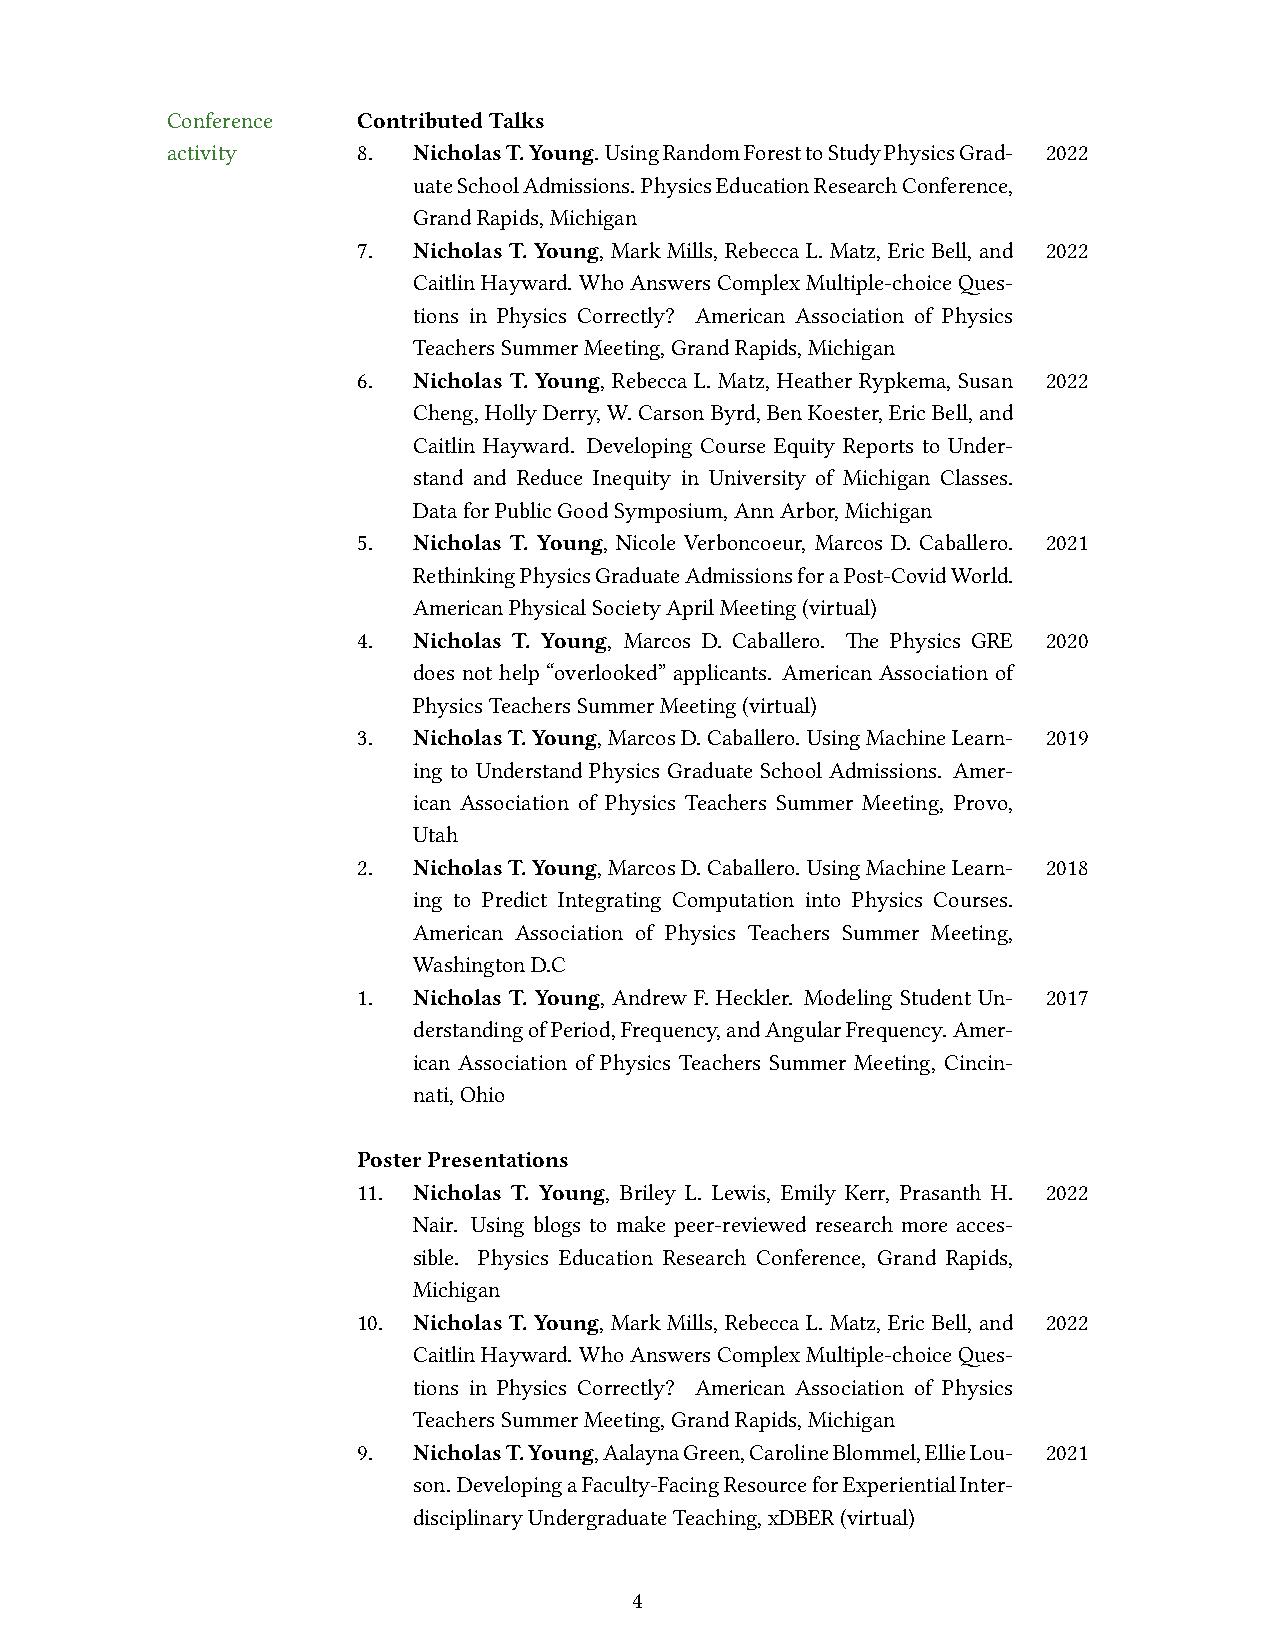
Conference   ContributedTalks
 activity     8. NicholasT.Young.UsingRandomForesttoStudyPhysicsGrad- 2022
 uateSchoolAdmissions.PhysicsEducationResearchConference,
 GrandRapids,Michigan
 7. Nicholas T. Young, Mark Mills, Rebecca L. Matz, Eric Bell, and 2022
 CaitlinHayward. WhoAnswersComplexMultiple-choiceQues-
 tions in Physics Correctly? American Association of Physics
 TeachersSummerMeeting,GrandRapids,Michigan
 6. Nicholas T. Young, Rebecca L. Matz, Heather Rypkema, Susan 2022
 Cheng,HollyDerry,W.CarsonByrd,BenKoester,EricBell,and
 Caitlin Hayward. Developing Course Equity Reports to Under-
 stand and Reduce Inequity in University of Michigan Classes.
 DataforPublicGoodSymposium,AnnArbor,Michigan
 5. Nicholas T. Young, Nicole Verboncoeur, Marcos D. Caballero. 2021
 RethinkingPhysicsGraduateAdmissionsforaPost-CovidWorld.
 AmericanPhysicalSocietyAprilMeeting(virtual)
 4. Nicholas T. Young, Marcos D. Caballero. The Physics GRE 2020
 does not help “overlooked” applicants. American Association of
 PhysicsTeachersSummerMeeting(virtual)
 3. NicholasT.Young,MarcosD.Caballero. UsingMachineLearn- 2019
 ing to Understand Physics Graduate School Admissions. Amer-
 ican Association of Physics Teachers Summer Meeting, Provo,
 Utah
 2. NicholasT.Young,MarcosD.Caballero. UsingMachineLearn- 2018
 ing to Predict Integrating Computation into Physics Courses.
 American Association of Physics Teachers Summer Meeting,
 WashingtonD.C
 1. Nicholas T. Young, Andrew F. Heckler. Modeling Student Un- 2017
 derstandingofPeriod,Frequency,andAngularFrequency. Amer-
 ican Association of Physics Teachers Summer Meeting, Cincin-
 nati,Ohio
 PosterPresentations
 11. Nicholas T. Young, Briley L. Lewis, Emily Kerr, Prasanth H. 2022
 Nair. Using blogs to make peer-reviewed research more acces-
 sible. Physics Education Research Conference, Grand Rapids,
 Michigan
 10. Nicholas T. Young, Mark Mills, Rebecca L. Matz, Eric Bell, and 2022
 CaitlinHayward. WhoAnswersComplexMultiple-choiceQues-
 tions in Physics Correctly? American Association of Physics
 TeachersSummerMeeting,GrandRapids,Michigan
 9. NicholasT.Young,AalaynaGreen,CarolineBlommel,EllieLou- 2021
 son.DevelopingaFaculty-FacingResourceforExperientialInter-
 disciplinaryUndergraduateTeaching,xDBER(virtual)
 4